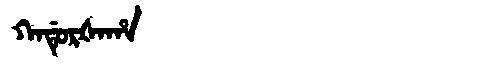
Manchu: ᡴᠠᡩᡠᡵᡧᠠᡥᠠ
Romanization: KADURŠAHA